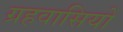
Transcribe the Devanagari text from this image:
ग्रहवासियों